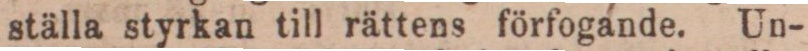
ställa styrkan till rättens förfogande. Un-